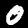
Digit: 0